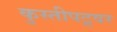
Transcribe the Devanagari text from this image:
कुस्तीपटूवर